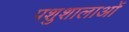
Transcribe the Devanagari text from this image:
पशुशालाओं